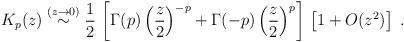
LaTeX: \begin{align*}K_{p} (z) \stackrel{(z \rightarrow 0)}{\sim} \frac{1}{2}\,\left[\Gamma (p)\left( \frac{z}{2} \right)^{-p} +\Gamma (-p)\left( \frac{z}{2} \right)^{p}\right]\,\left[ 1 + O(z^{2}) \right]\; .\end{align*}